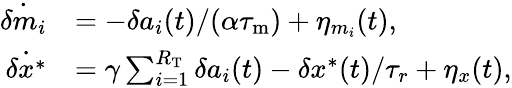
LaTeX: \begin{array}{rl}{\dot{\delta m_{i}}}&{=-\delta a_{i}(t)/(\alpha{\tau_{\mathrm{m}}})+\eta_{m_{i}}(t),}\\ {\dot{\delta x^{\ast}}}&{=\gamma\sum_{i=1}^{R_{\mathrm{T}}}\delta a_{i}(t)-\delta x^{*}(t)/\tau_{r}+\eta_{x}(t),}\end{array}